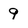
Character: 9